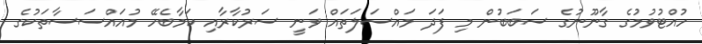
ހުއްޓުވުމުގެ ގާނޫނުގެ ސަބަބުން މި ފަދަ މައްސަލަތައް ވަނީ ސަރުކާރާއި ކަމާބެހޭ މުއައްސަސާތަކުގެ